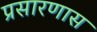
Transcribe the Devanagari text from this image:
प्रसारणास